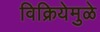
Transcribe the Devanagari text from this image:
विक्रियेमुळे